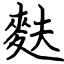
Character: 麩